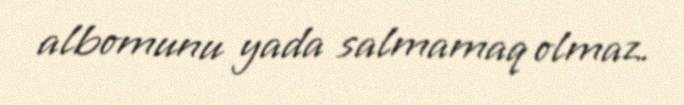
albomunu yada salmamaq olmaz.